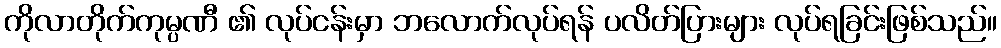
ကိုလာတိုက်ကုမ္ပဏီ ၏ လုပ်ငန်းမှာ ဘလောက်လုပ်ရန် ပလိတ်ပြားများ လုပ်ရခြင်းဖြစ်သည်။